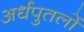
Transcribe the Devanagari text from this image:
अर्धपुतलों